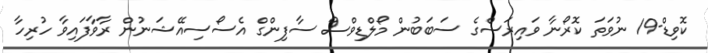
ކޮވިޑް-19 ނުވަތަ ކޮރޯނާ ވައިރަސްގެ ސަބަބުން މޯލްޑިވްސް ސާފިންގް އެސޯސިއޭޝަނުން ރާވާފައިވާ ހުރިހާ